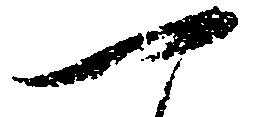
一